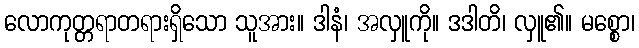
လောကုတ္တရာတရားရှိသော သူအား။ ဒါနံ၊ အလှူကို။ ဒဒါတိ၊ လှူ၏။ မစ္စော၊